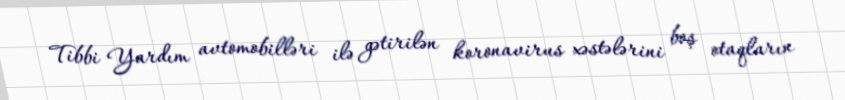
Tibbi Yardım avtomobilləri ilə gətirilən koronavirus xəstələrini boş otaqların